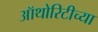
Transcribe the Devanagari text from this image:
ऑथोरिटीच्या